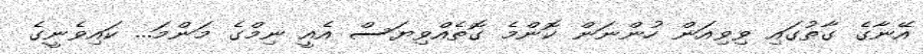
އޭނާގެ ގާތުގައި ވިވިއަން ހުންނަން ކޮންމެ ގޮތެއްވިޔަސް އެއީ ނިމްގެ މަންމަ... ކައިވެނީގެ